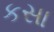
કસા